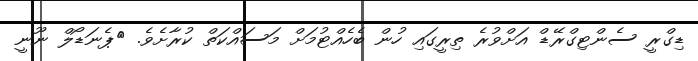
ޑިގްރީ ސެންޓިގްރޭޑް އަށްވުރެ ތިރީގައި ހުން ބެހެއްޓުމަށް މަސައްކަތް ކުރާށެވެ. 	ޕެނަޑޯލް ނޫނީ